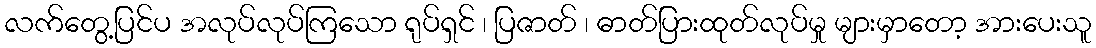
လက်တွေ့ပြင်ပ အလုပ်လုပ်ကြသော ရုပ်ရှင် ၊ ပြဇာတ် ၊ ဓာတ်ပြားထုတ်လုပ်မှု များမှာတော့ အားပေးသူ